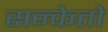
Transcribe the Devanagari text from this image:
सन्केतो